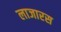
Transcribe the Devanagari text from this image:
लाजारस